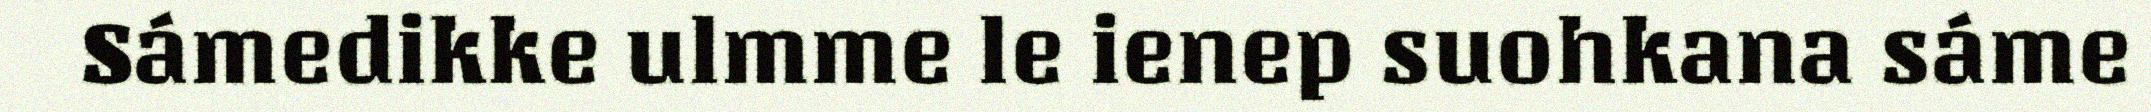
Sámedikke ulmme le ienep suohkana sáme